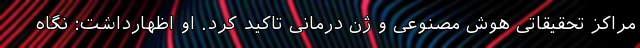
مراکز تحقیقاتی هوش مصنوعی و ژن درمانی تاکید کرد. او اظهارداشت: نگاه